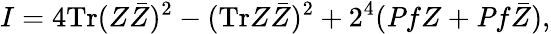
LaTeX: I=4\mathrm{Tr}(Z\bar{Z})^{2}-(\mathrm{Tr}Z\bar{Z})^{2}+2^{4}({\mathit Pf}Z+{\mathit Pf}\bar{Z}),